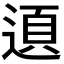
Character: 𨔞